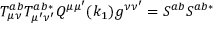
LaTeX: T _ { \mu \nu } ^ { a b } T _ { \mu ^ { \prime } \nu ^ { \prime } } ^ { a b * } Q ^ { \mu \mu ^ { \prime } } ( k _ { 1 } ) g ^ { \nu \nu ^ { \prime } } = S ^ { a b } S ^ { a b * }